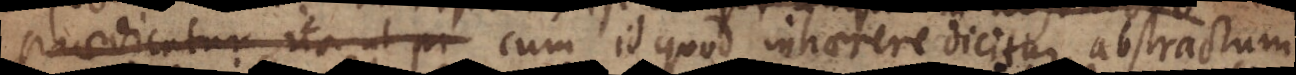
praedicatur, ita ut pr cum id quod inhaerere dicitur abstractum